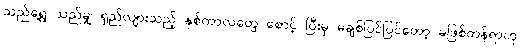
သည်ရွေ့ သည်မျှ ရှည်လျားသည့် နှစ်ကာလတွေ စောင့် ပြီးမှ မချစ်ပြင်ပြင်တော့ မဖြစ်တန်ရာဟု